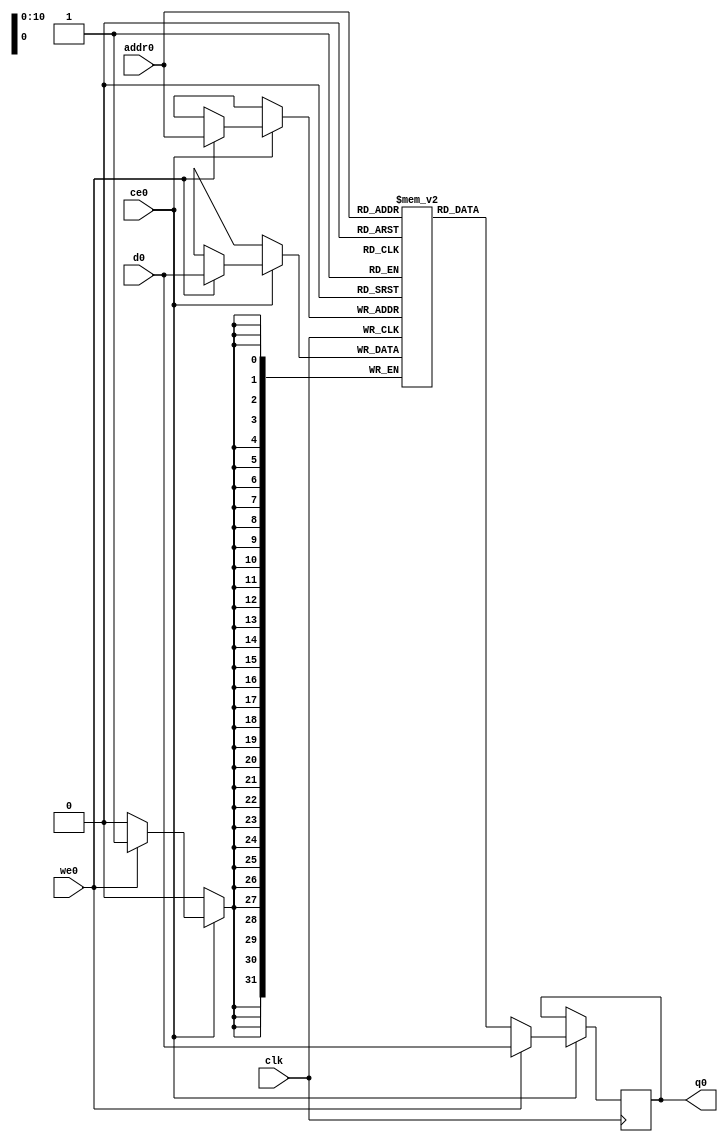
`timescale 1ns / 1ps
//////////////////////////////////////////////////////////////////////////////////
// Company: 
// Engineer: 
// 
// Design Name: 
// Module Name:    omp_Q 
// Project Name: 
// Target Devices: 
// Tool versions: 
// Description: 
//
// Dependencies: 
//
// Revision: 
// Revision 0.01 - File Created
// Additional Comments: 
//
//////////////////////////////////////////////////////////////////////////////////
module omp_Q (addr0, ce0, d0, we0, q0,clk);

parameter DWIDTH = 32;
parameter AWIDTH = 11;
parameter MEM_SIZE = 2048;

input[AWIDTH-1:0] addr0;
input ce0;
input[DWIDTH-1:0] d0;
input we0;
output reg[DWIDTH-1:0] q0;
input clk;

(* ram_style = "block" *)reg [DWIDTH-1:0] ram[MEM_SIZE-1:0];




always @(posedge clk)  
begin 
    if (ce0) 
    begin
        if (we0) 
        begin 
            ram[addr0] <= d0; 
            q0 <= d0;
        end 
        else 
            q0 <= ram[addr0];
    end
end




endmodule